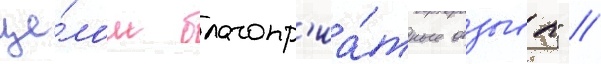
це́лом благопр'иа́тные отзывы" //